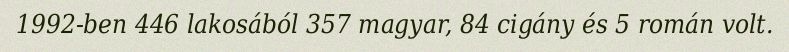
1992-ben 446 lakosából 357 magyar, 84 cigány és 5 román volt.